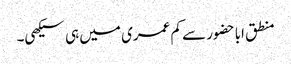
منطق اباحضور سے کم عمری میں ہی سیکھی۔